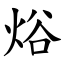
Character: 焀